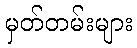
မှတ်တမ်းများ